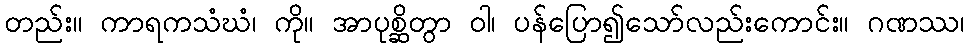
တည်း။ ကာရကသံဃံ၊ ကို။ အာပုစ္ဆိတွာ ဝါ၊ ပန်ပြော၍သော်လည်းကောင်း။ ဂဏဿ၊